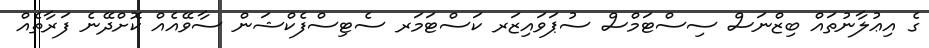
ގެ އިޢުލާނުތައް ބިޒްނަސް ސިސްޓަމްސް ސުޕަވައިޒަރ ކަސްޓަމަރ ސެޓިސްފެކްޝަން ސާވޭއެއް ކޮށްދޭނެ ފަރާތެއް